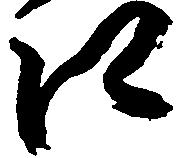
江